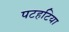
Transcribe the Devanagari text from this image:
पटहटिया